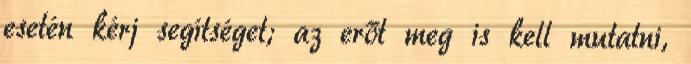
esetén kérj segítséget; az erőt meg is kell mutatni,